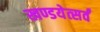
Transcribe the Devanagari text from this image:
खण्डयेत्सर्वं